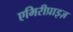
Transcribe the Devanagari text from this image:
एमिरीप्राइज़